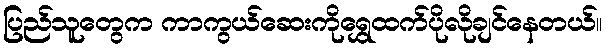
ပြည်သူတွေက ကာကွယ်ဆေးကိုရွှေထက်ပိုလိုချင်နေတယ်။